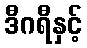
ဒီဂရီနှင့်